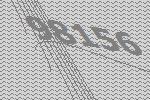
98156